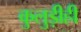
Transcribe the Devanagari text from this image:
कुलुड़ीही